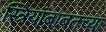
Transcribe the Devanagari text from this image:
स्त्रियांबाबतच्या